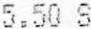
5.50 S